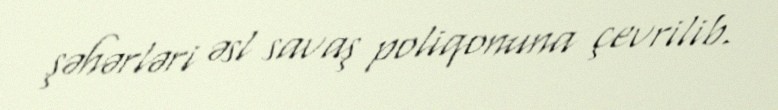
şəhərləri əsl savaş poliqonuna çevrilib.